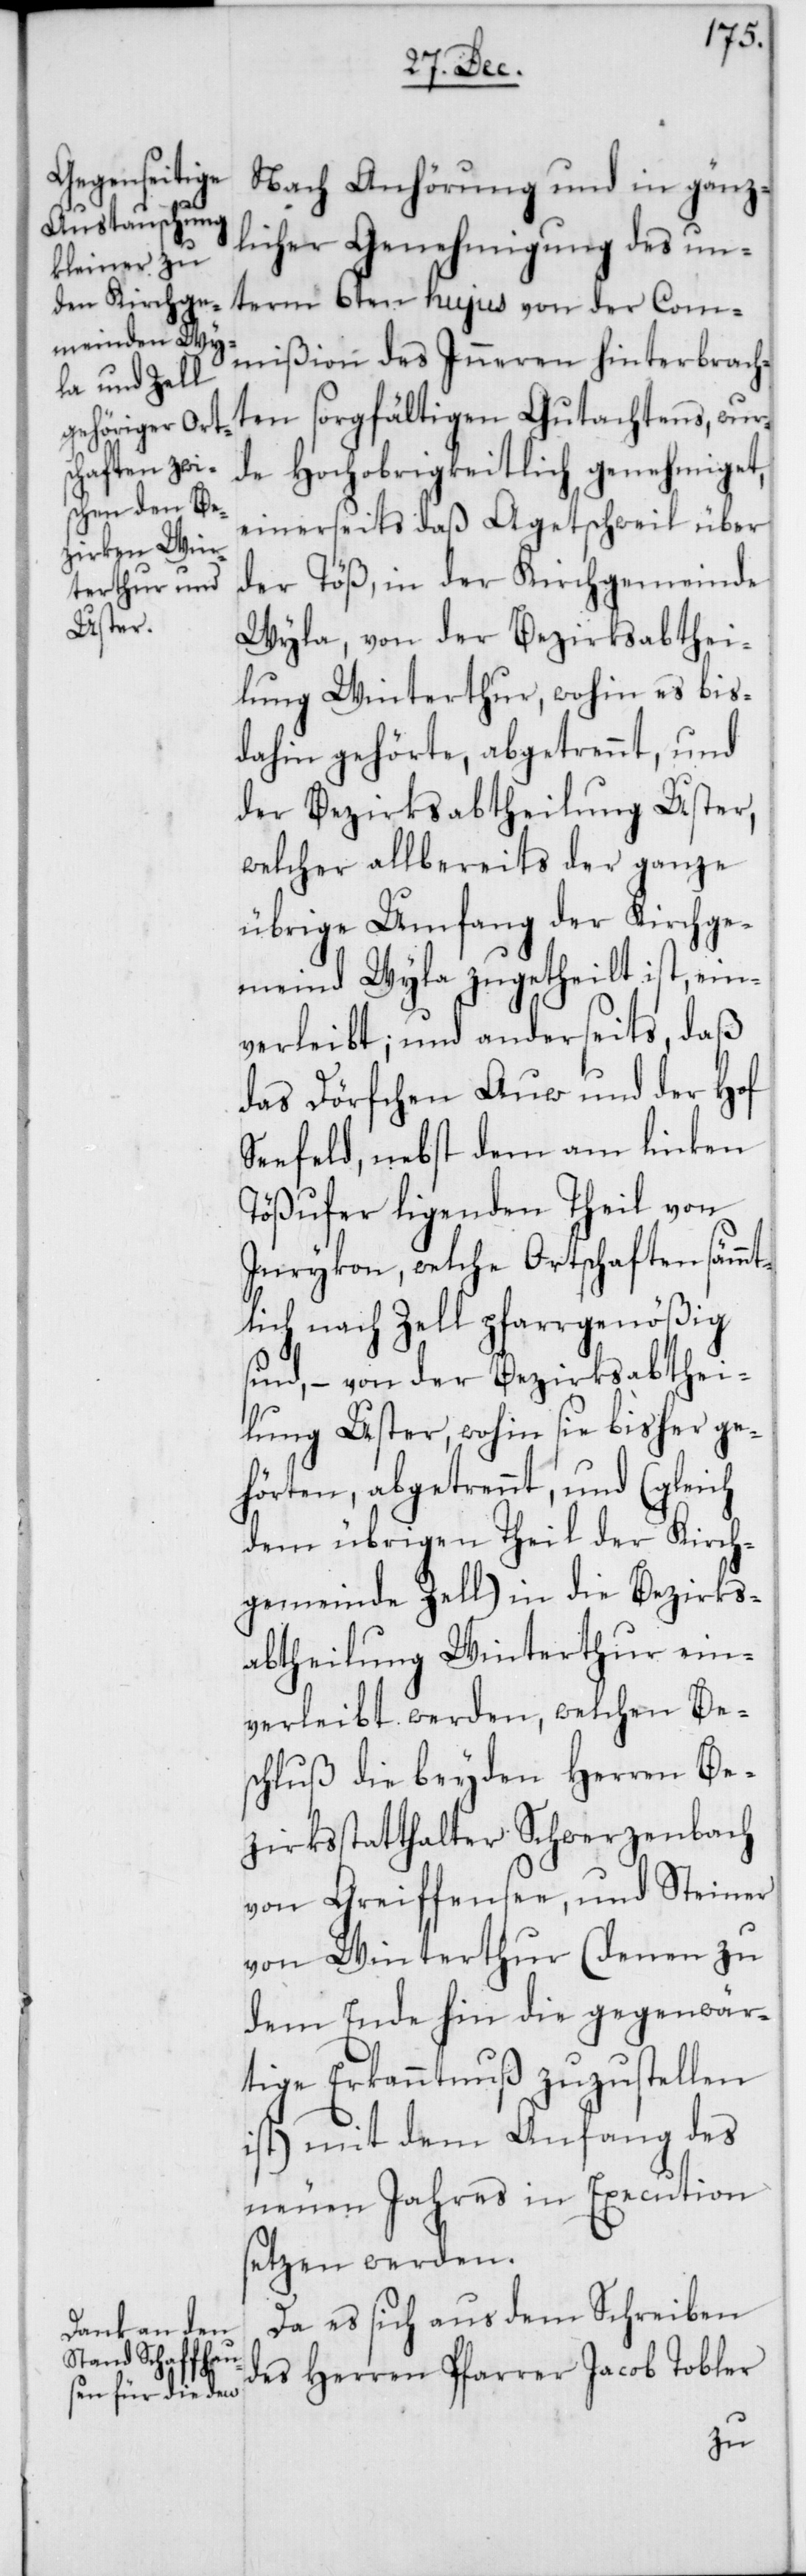
Nach Anhörung und in gänz¬
licher Genehmigung des un¬
term 6ten hujus von der Com¬
mißion des Inneren hinterbrach¬
ten sorgfältigen Gutachtens, wur¬
de Hochobrigkeitlich genehmiget,
einerseits daß Agetschweil über
der Töß, in der Kirchgemeinde
Wyla, von der Bezirksabthei¬
lung Winterthur, wohin es bis
dahin gehörte, abgetrennt, und
der Bezirksabtheilung Uster,
welcher allbereits der ganze
übrige Umfang der Kirchge¬
meind Wyla zugetheilt ist, ein¬
verleibt; und anderseits, daß
das Dörfchen Auw und der Hof
Seefeld, nebst dem am linken
Tößufer liegenden Theil von
Inrykon, welche Ortschaften sämmt¬
lich nach Zell pfarrgenößig
sind, – von der Bezirksabthei¬
lung Uster, wohin sie bisher ge¬
hörten, abgetrennt und (gleich
dem übrigen Theil der Kirch¬
gemeinde Zell) in die Bezirks¬
abtheilung Winterthur ein¬
verleibt werden, welchen Bes¬
chluß die beyden Herren Be¬
zirksstatthalter Schwerzenbach
von Greiffensee, und Steiner
von Winterthur (denen zu
dem Ende hin die gegenwär¬
tige Erkanntnuß zuzustellen
ist) mit dem Anfang des
neuen Jahres in Execution
setzen werden.
Da es sich aus dem Schreiben
des Herren Pfarrer Jacob Tobler